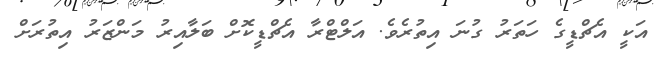
އަކީ އެޗްޑީގެ ހަތަރު ގުނަ އިތުރެވެ. އަލްޓްރާ އެޗްޑީކޮށް ބަލާއިރު މަންޒަރު އިތުރަށް